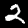
Digit: 2